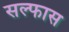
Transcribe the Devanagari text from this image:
सल्फास